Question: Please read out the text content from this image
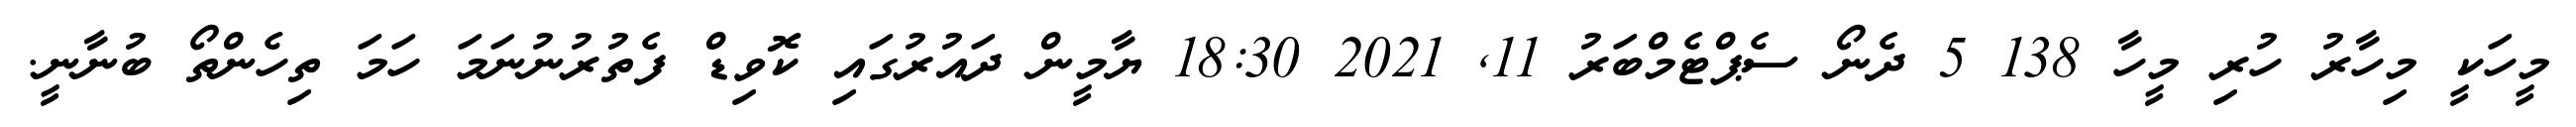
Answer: މީހަކީ މިހާރު ހުރި މީހާ 138 5 ދެނޯ ސެޕްޓެމްބަރު 11, 2021 18:30 ޔާމީން ދައުރުގައި ކޮވިޑް ފެތުރުނުނަމަ ހަމަ ތިހެންތޯ ބުނާނީ.